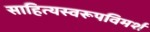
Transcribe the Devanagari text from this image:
साहित्यस्वरूपविमर्श